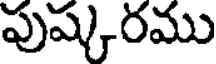
పుష్కరము